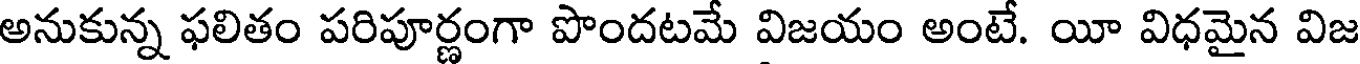
అనుకున్న ఫలితం పరిపూర్ణంగా పొందటమే విజయం అంటే. యీ విధమైన విజ